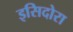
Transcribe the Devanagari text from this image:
इसिदोरा